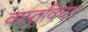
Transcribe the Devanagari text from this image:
वास्तुविचार